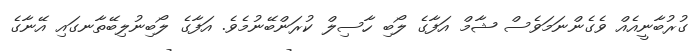
ގުރުބާނީއެއް ވެގެންނަމަވެސް ޝާމް އަފާގެ ލޯބި ހާސިލް ކުރަންބޭނުމެވެ. އަފާގެ ލޯބިނުލިބޭތާނގައި އޭނާގެ